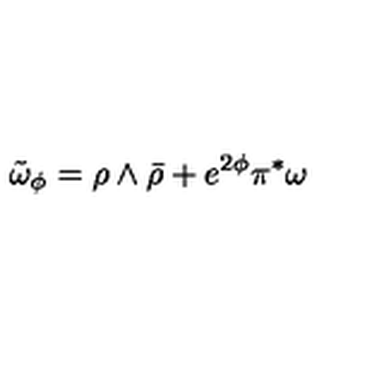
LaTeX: \tilde { \omega } _ { \phi } = \rho \wedge \bar { \rho } + e ^ { 2 \phi } \pi ^ { \ast } \omega